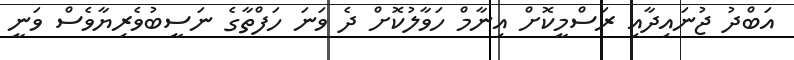
އަބްދު ޖުނައިދާއި ރަސްމީކޮށް އިނާމް ހަވާލުކޮށް ދެ ވަނަ ހަފްތާގެ ނަސީބުވެރިޔާވެސް ވަނީ